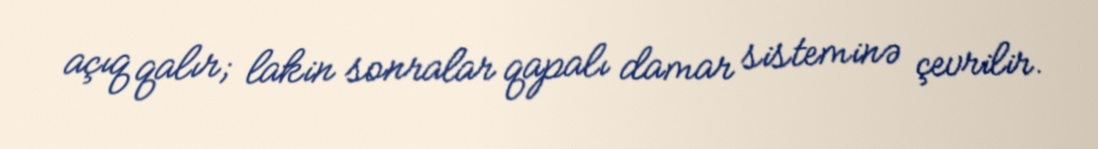
açıq qalır; lakin sonralar qapalı damar sisteminə çevrilir.